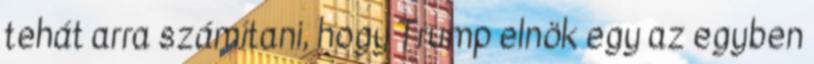
tehát arra számítani, hogy Trump elnök egy az egyben